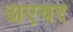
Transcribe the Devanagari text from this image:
अएयर